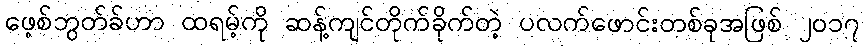
ဖေ့စ်ဘွတ်ခ်ဟာ ထရမ့်ကို ဆန့်ကျင်တိုက်ခိုက်တဲ့ ပလက်ဖောင်းတစ်ခုအဖြစ် ၂၀၁၇